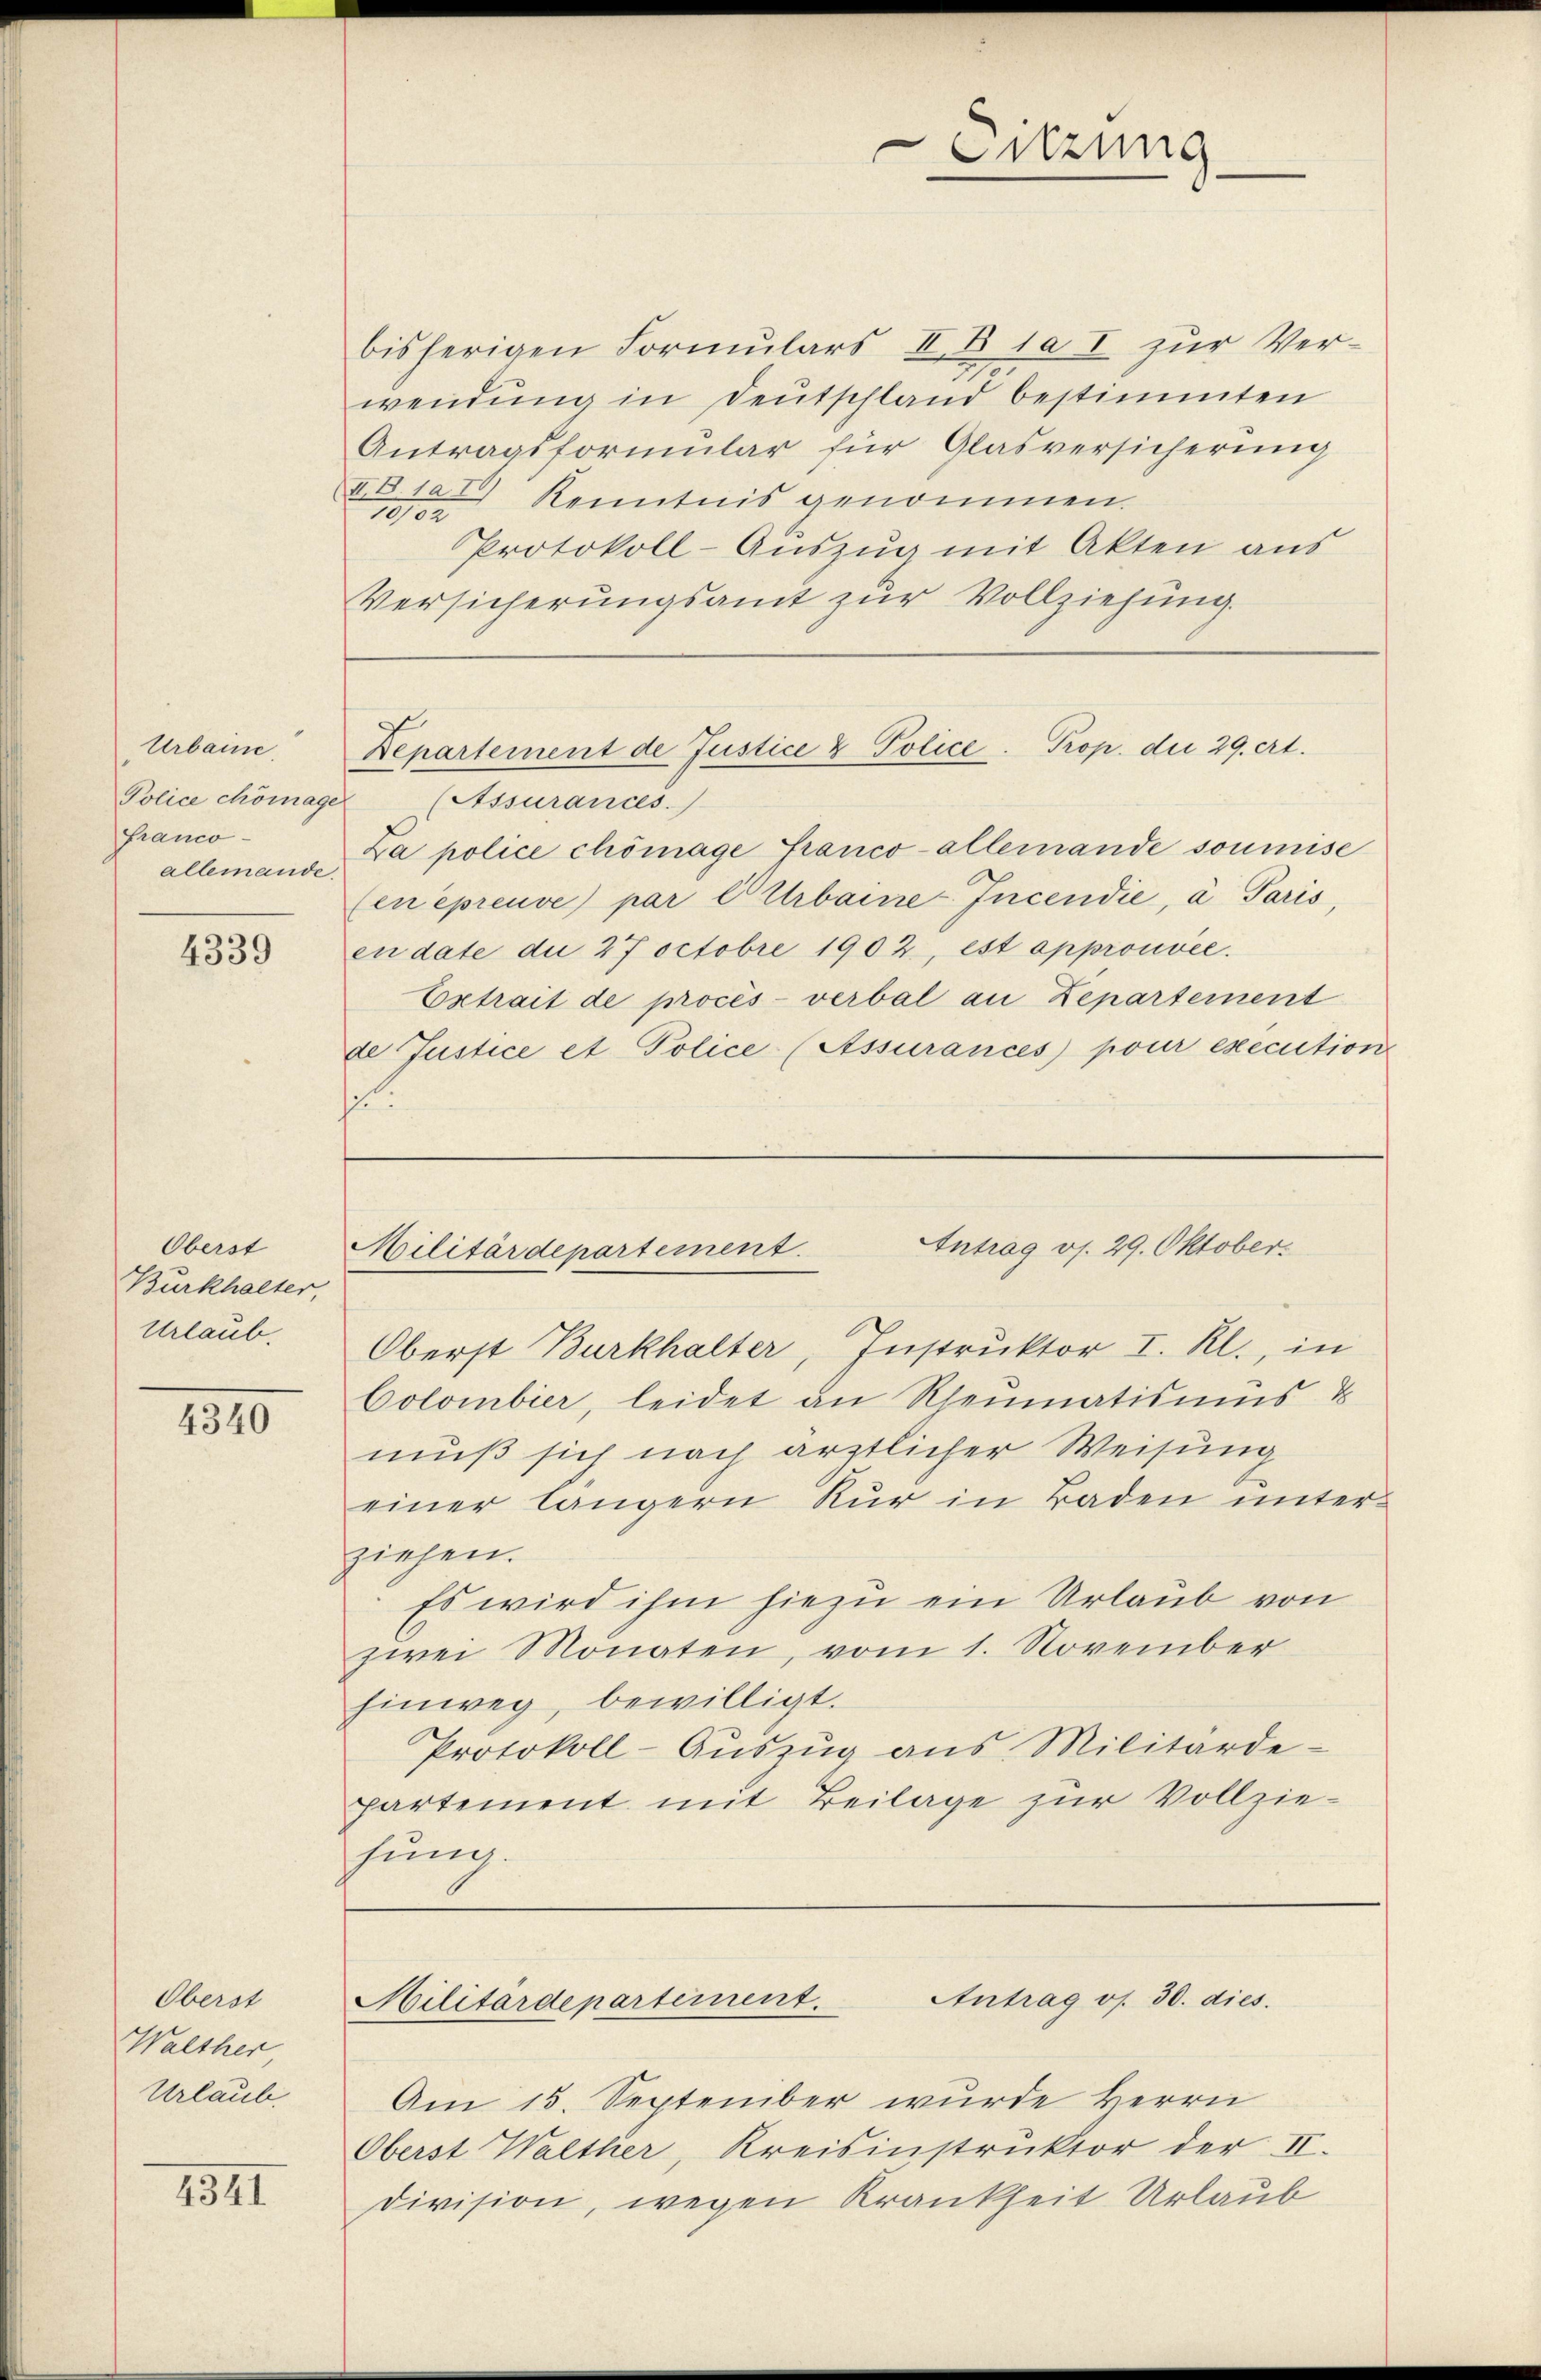
Urbaine.
Franco-
allemande

4339

Oberst
Burkhalter,
Urlaub.

4340

Oberst
Walther
Urlaub.

4341

bisherigen Formulars II. B 1a I zur Verwendung in Deutschland bestimmten
Antragsformular für Glasversicherung
AB. 101 Kenntnis genommen.
10102
Protokoll-Auszug mit Akten aus
Versicherungsamt zur Vollziehung.

Sitzung

Am 15. September wurde Herrn
Oberst Walther, Kreisinstruktor der II.
Division, wegen Krankheit Urlaub

Police chömage (Assurances.
La police chömage Franco-allemande soumise
(en épreuve par Ctrbaine Incendie, à Paris,
endate du 27 Octobre 1902, est approuvée.
Extrait de procès-verbal an Zepartement
de Justice et Police (Assurances pour execution
.

Departement de Justice & Police. Prop. die 29. crt.

Antrag os. 29. Oktober.
Militärdepartement

Oberst Burkhalter, Instruktor I. Rl., in
Colombier, leidet an Rheumatismus &
muß sich nach ärztlicher Weisung
einer längern Kur in Baden unterziehen.
Es wird ihm hiezu ein Urlaub von
zwei Monaten, vom 1. November
hinweg, bewilligt.
Protokoll-Auszug aus Militärde-
partement mit Beilage zur Vollziesung.

Antrag v. 30. dies
Militärdepartement.